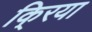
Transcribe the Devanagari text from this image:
कि्रया